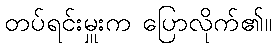
တပ်ရင်းမှူးက ပြောလိုက်၏။